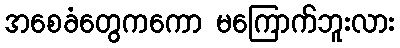
အစေခံတွေကကော မကြောက်ဘူးလား